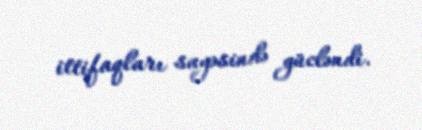
ittifaqları sayəsində gücləndi.